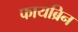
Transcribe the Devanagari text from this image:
फायब्रिन